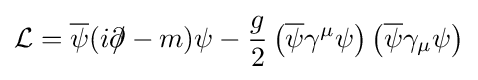
{\mathcal {L}}={\overline {\psi }}(i\partial \!\!\!/-m)\psi -{\frac {g}{2}}\left({\overline {\psi }}\gamma ^{\mu }\psi \right)\left({\overline {\psi }}\gamma _{\mu }\psi \right)